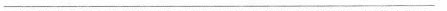
___